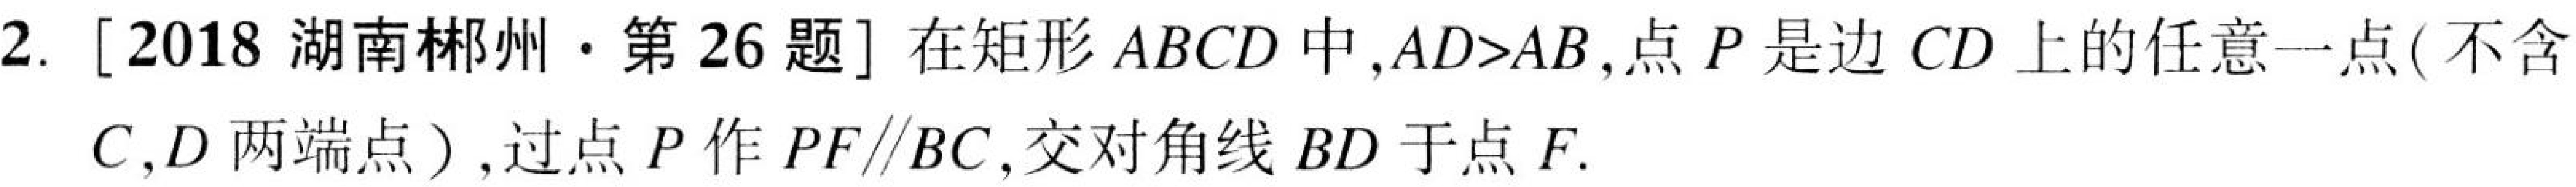
2. [2018 湖南郴州·第 26 题] 在矩形 \(ABCD\) 中,\(AD>AB\),点 \(P\) 是边 \(CD\) 上的任意一点((不含
\(C,D\) 两端点）,过点 \(P\) 作 \(PF\parallel BC\),交对角线 \(BD\) 于点 \(F\).